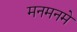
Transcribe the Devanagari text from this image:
मनमनमे